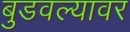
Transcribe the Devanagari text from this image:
बुडवल्यावर